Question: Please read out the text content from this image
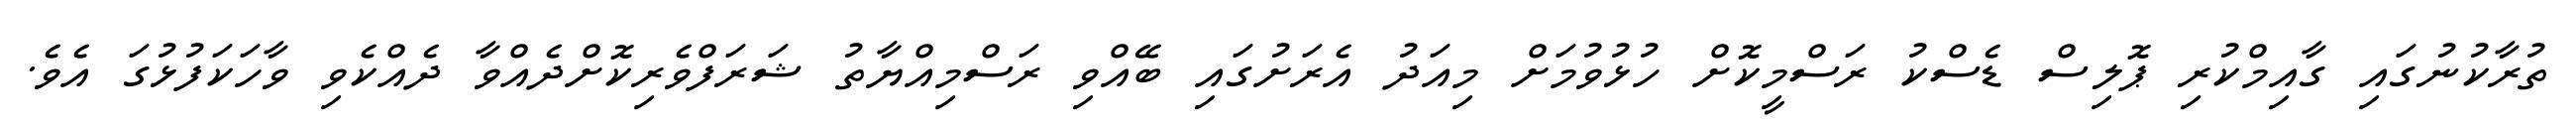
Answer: ތުރާކުނުގައި ގާއިމްކުރި ޕޮލިސް ޑެސްކު ރަސްމީކޮށް ހުޅުވުމަށް މިއަދު އެރަށުގައި ބޭއްވި ރަސްމިއްޔާތު ޝަރަފްވެރިކޮށްދެއްވާ ދެއްކެވި ވާހަކަފުޅުގަ އެވެ.